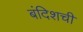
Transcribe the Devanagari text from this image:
बंदिशची